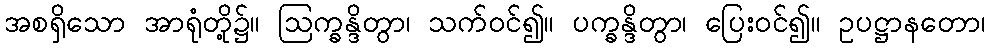
အစရှိသော အာရုံတို့၌။ ဩက္ခန္ဒိတွာ၊ သက်ဝင်၍။ ပက္ခန္ဒိတွာ၊ ပြေးဝင်၍။ ဥပဋ္ဌာနတော၊